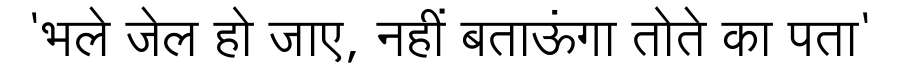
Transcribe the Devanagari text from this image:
'भले जेल हो जाए, नहीं बताऊंगा तोते का पता'